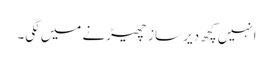
انہیں کچھ دیر ساز چھیڑنے میں لگی۔